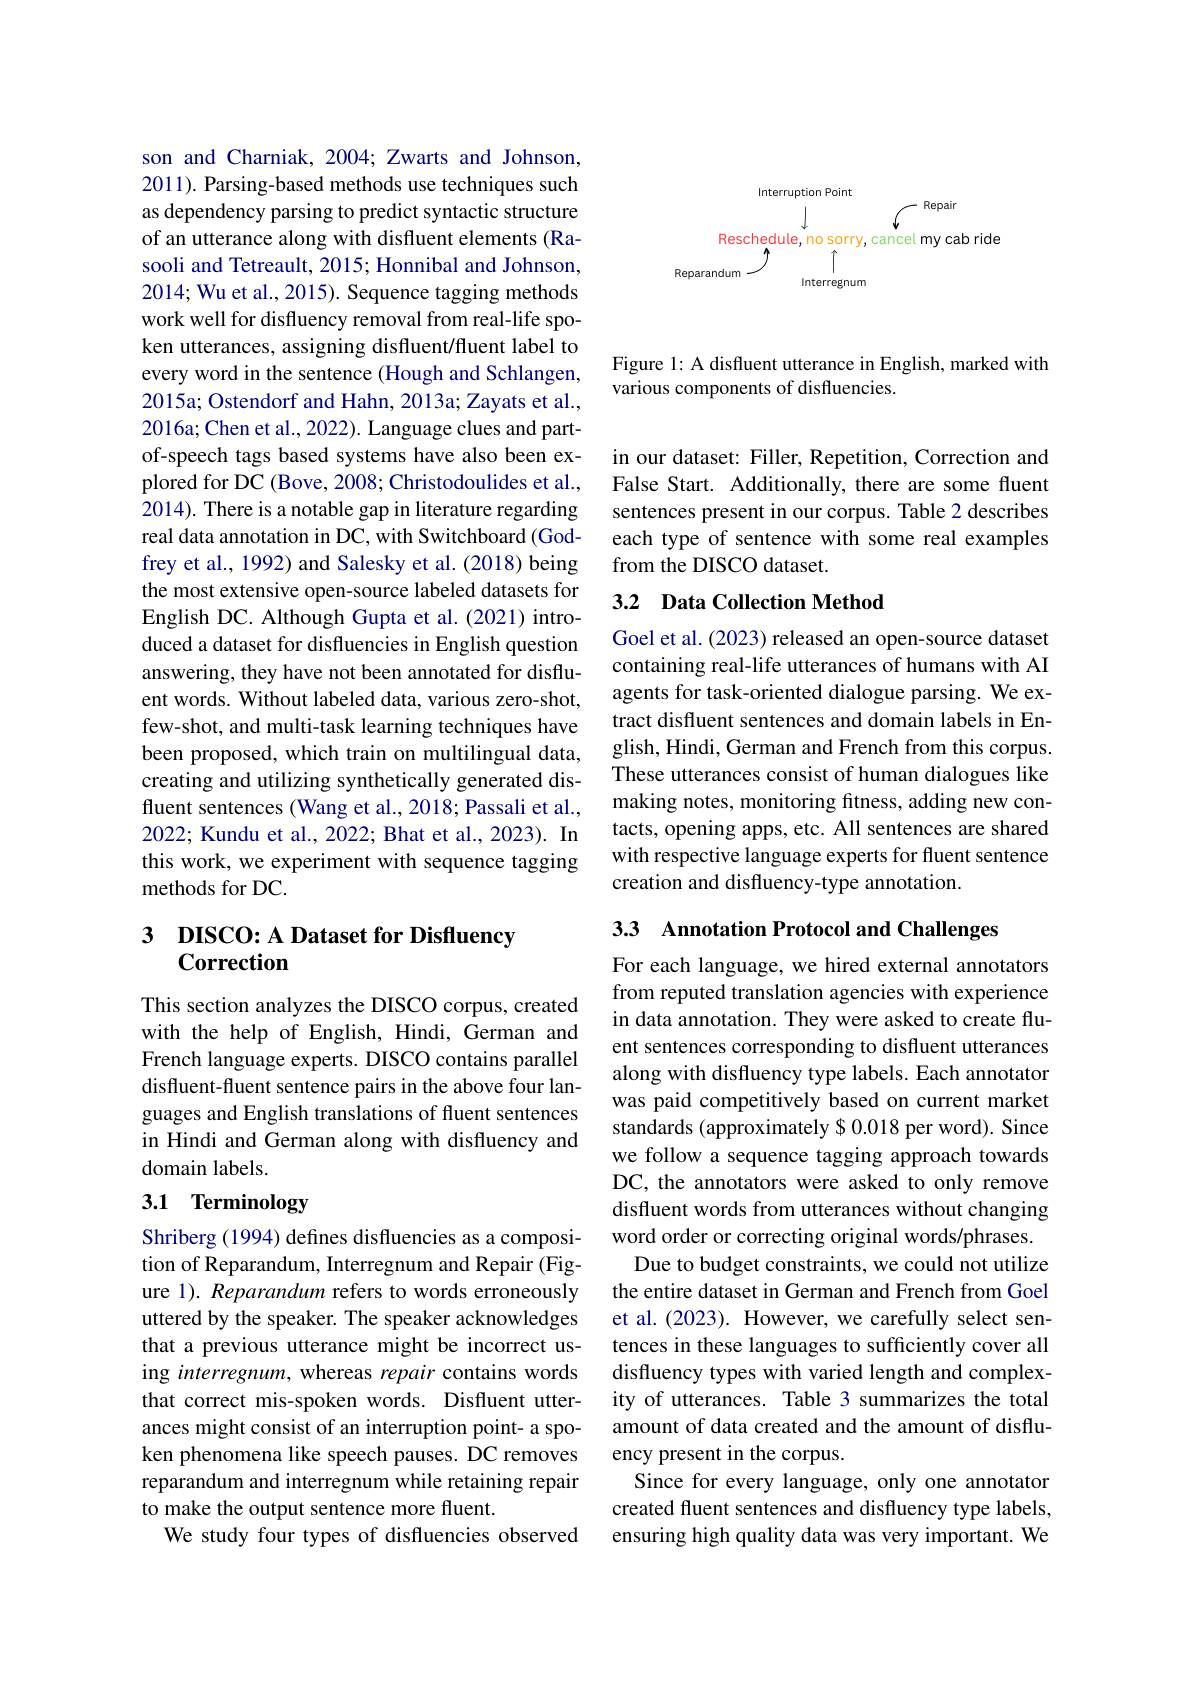
son and Charniak, 2004; Zwarts and Johnson, 2011). Parsing-based methods use techniques such as dependency parsing to predict syntactic structure of an utterance along with disfluent elements (Rasooli and Tetreault, 2015; Honnibal and Johnson, 2014; Wu et al., 2015). Sequence tagging methods work well for disfluency removal from real-life spoken utterances, assigning disfluent/fluent label to every word in the sentence (Hough and Schlangen, 2015a; Ostendorf and Hahn, 2013a; Zayats et al., 2016a; Chen et al., 2022). Language clues and partof-speech tags based systems have also been explored for DC (Bove, 2008; Christodoulides et al., 2014). There is a notable gap in literature regarding real data annotation in DC, with Switchboard (Godfrey et al., 1992) and Salesky et al. (2018) being the most extensive open-source labeled datasets for English DC. Although Gupta et al.(2021) introduced a dataset for disfluencies in English question answering, they have not been annotated for disfluent words. Without labeled data, various zero-shot, few-shot, and multi-task learning techniques have been proposed, which train on multilingual data, creating and utilizing synthetically generated disfluent sentences (Wang et al., 2018; Passali et al., 2022; Kundu et al., 2022; Bhat et al., 2023). In this work, we experiment with sequence tagging methods for DC.

## 3 DISCO: A Dataset for Disfluency Correction

This section analyzes the DISCO corpus, created with the help of English, Hindi, German and French language experts. DISCO contains parallel disfluent-fluent sentence pairs in the above four languages and English translations of fluent sentences in Hindi and German along with disfluency and domain labels.

# 3.1 Terminology

Shriberg (1994) defines disfluencies as a composition of Reparandum, Interregnum and Repair (Figure 1). Reparandum refers to words erroneously uttered by the speaker. The speaker acknowledges that a previous utterance might be incorrect using interregnum, whereas repair contains words that correct mis-spoken words. Disfluent utterances might consist of an interruption point- a spoken phenomena like speech pauses. DC removes reparandum and interregnum while retaining repair to make the output sentence more fluent.
We study four types of disfluencies observed

<FigureHere>

Figure 1: A disfluent utterance in English, marked with
various components of disfluencies.

in our dataset: Filler, Repetition, Correction and False Start. Additionally, there are some fluent sentences present in our corpus. Table 2 describes each type of sentence with some real examples from the DISCO dataset.

## 3.2 Data Collection Method

Goel et al. (2023) released an open-source dataset containing real-life utterances of humans with AI agents for task-oriented dialogue parsing. We extract disfluent sentences and domain labels in English, Hindi, German and French from this corpus. These utterances consist of human dialogues like making notes, monitoring fitness, adding new contacts, opening apps, etc. All sentences are shared with respective language experts for fluent sentence creation and disfluency-type annotation.

3.3 Annotation Protocol and Challenges

For each language, we hired external annotators from reputed translation agencies with experience in data annotation. They were asked to create fluent sentences corresponding to disfluent utterances along with disfluency type labels. Each annotator was paid competitively based on current market standards (approximately $0.018 per word). Since we follow a sequence tagging approach towards DC, the annotators were asked to only remove disfluent words from utterances without changing word order or correcting original words/phrases. Due to budget constraints, we could not utilize the entire dataset in German and French from Goel et al. (2023). However, we carefully select sentences in these languages to sufficiently cover all disfluency types with varied length and complexity of utterances. Table 3 summarizes the total amount of data created and the amount of disfluency present in the corpus.
Since for every language, only one annotator created fluent sentences and disfluency type labels, ensuring high quality data was very important. We